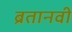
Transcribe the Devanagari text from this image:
ब्रतानवी